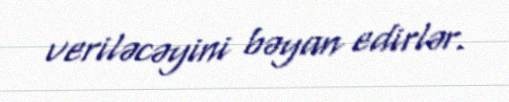
veriləcəyini bəyan edirlər.